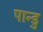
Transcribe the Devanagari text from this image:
पान्डु